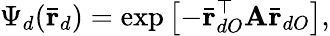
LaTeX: \Psi_{d}(\bar{\textbf{r}}_{d})=\exp\left[-\bar{\textbf{r}}_{dO}^{\top}\textbf{A}\bar{\textbf{r}}_{dO}\right],